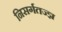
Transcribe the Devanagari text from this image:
निसर्गतज्ज्ञ